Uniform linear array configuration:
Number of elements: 32
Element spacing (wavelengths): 0.75
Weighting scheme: cosine
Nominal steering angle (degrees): -15
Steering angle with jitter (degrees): -15.966
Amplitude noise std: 0.05
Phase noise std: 0.05

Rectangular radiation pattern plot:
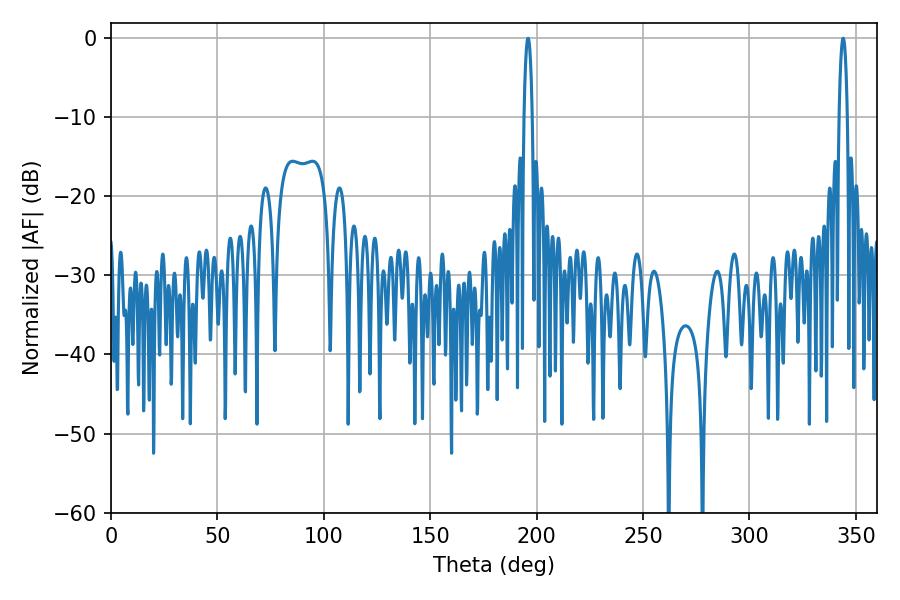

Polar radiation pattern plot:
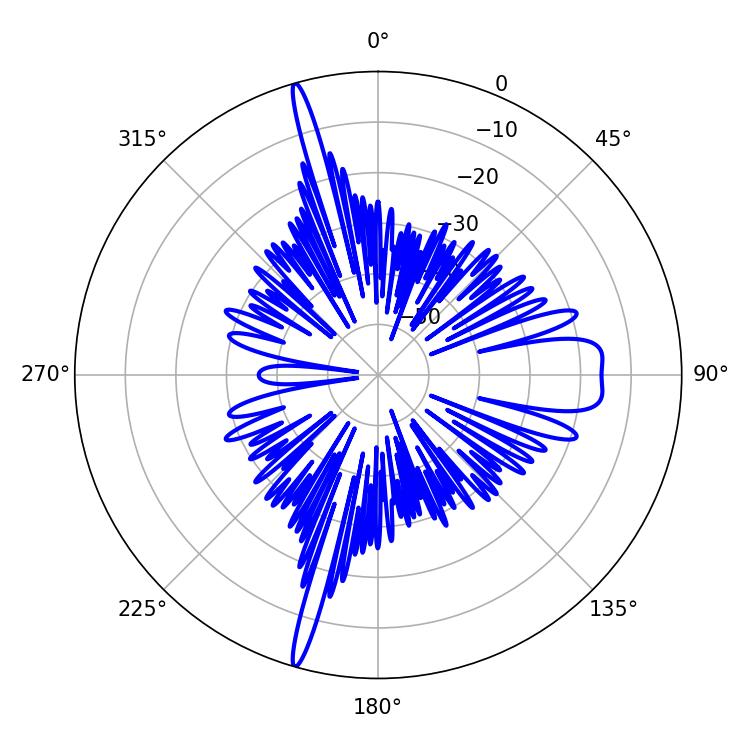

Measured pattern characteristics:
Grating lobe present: TRUE
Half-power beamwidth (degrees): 2.16
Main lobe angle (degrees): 343.98